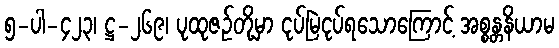
၅-ပါ-၄၂၃၊ ဋ္ဌ-၂၆၉၊ ပုထုဇဉ်တို့မှာ ငုပ်မြဲငုပ်ရသောကြောင့် အစ္စန္တနိယာမ